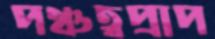
পঞ্চত্বপ্রাপ